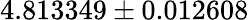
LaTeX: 4.813349\pm 0.012608